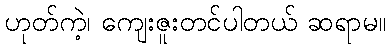
ဟုတ်ကဲ့၊ ကျေးဇူးတင်ပါတယ် ဆရာမ။